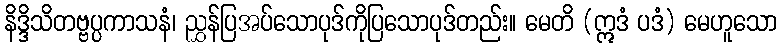
နိဒ္ဒိသိတဗ္ဗပ္ပကာသနံ၊ ညွှန်ပြအပ်သောပုဒ်ကိုပြသောပုဒ်တည်း။ မေတိ (ဣဒံ ပဒံ) မေဟူသော